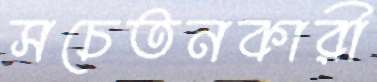
সচেতনকারী